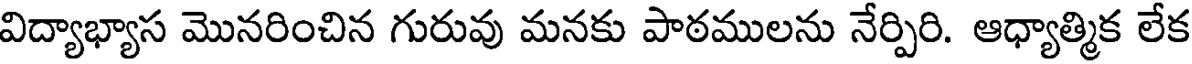
విద్యాభ్యాస మొనరించిన గురువు మనకు పాఠములను నేర్పిరి. ఆధ్యాత్మిక లేక